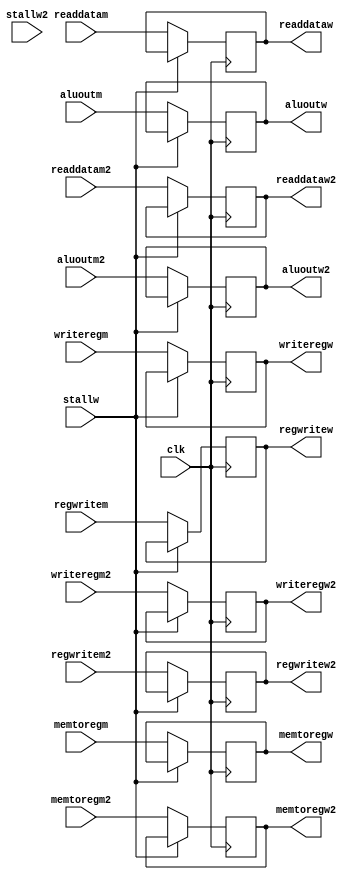
module pipemw(clk,memtoregm,memtoregm2,regwritem,regwritem2,readdatam,readdatam2,aluoutm,aluoutm2,writeregm,writeregm2,
	      memtoregw,memtoregw2,regwritew,regwritew2,readdataw,readdataw2,aluoutw,aluoutw2,writeregw,writeregw2,stallw,stallw2);
  input clk, stallw, stallw2;
  input memtoregm,memtoregm2,regwritem,regwritem2;
  input [31:0] readdatam,readdatam2,aluoutm,aluoutm2;
  input [4:0] writeregm,writeregm2;
  
  output reg memtoregw,memtoregw2,regwritew,regwritew2;
  output reg [31:0] readdataw,readdataw2,aluoutw,aluoutw2;
  output reg [4:0] writeregw,writeregw2;
  
  always @ (posedge clk) begin
    if (!stallw) begin
      memtoregw<=memtoregm;
      regwritew<=regwritem;
      readdataw<=readdatam;
      aluoutw<=aluoutm;
      writeregw<=writeregm;
      memtoregw2<=memtoregm2;
      regwritew2<=regwritem2;
      readdataw2<=readdatam2;
      aluoutw2<=aluoutm2;
      writeregw2<=writeregm2;
    end
  end  
endmodule